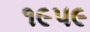
૧૯૫૯